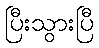
ပြီးသွားပြီ